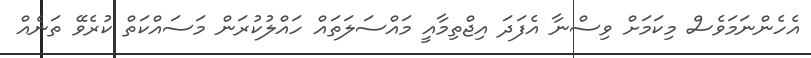
އެހެންނަމަވެސް މިކަމަށް ވިސްނާ އެފަދަ އިޖްތިމާއީ މައްސަލަތައް ހައްލުކުރަން މަސައްކަތް ކުރެވޭ ތަނެއް